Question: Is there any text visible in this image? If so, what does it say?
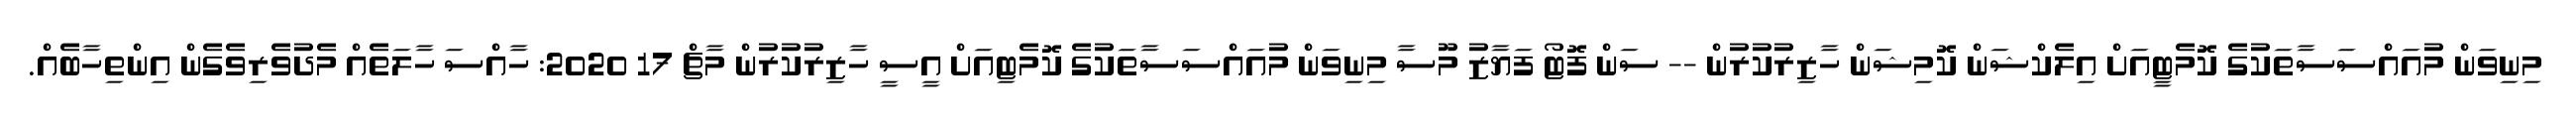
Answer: މިނިވަން މުއައްސަސާތަކުގެ ކޮމެޓީއަށް އިލެކްޝަން ކޮމިޝަން ހާޒިރުކުރުން -- ސަން ފޮޓޯ ފަޔާޒު މޫސާ މިނިވަން މުއައްސަސާތަކުގެ ކޮމެޓިއަށް އީސީ ހާޒިރުކުރުން މާޗް 17 2020: ހާއްސަ ހާލަތެއް މެދުވެރިވެގެން އިންތިހާބެއް.